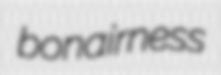
bonairness